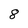
Character: 8